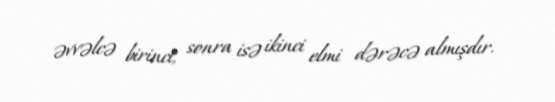
əvvəlcə birinci, sonra isə ikinci elmi dərəcə almışdır.